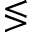
\lessgtr